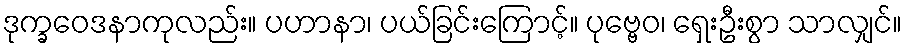
ဒုက္ခဝေဒနာကုလည်း။ ပဟာနာ၊ ပယ်ခြင်းကြောင့်။ ပုဗ္ဗေဝ၊ ရှေးဦးစွာ သာလျှင်။